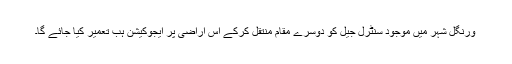
ورنگل شہر میں موجود سنٹرل جیل کو دوسرے مقام منتقل کرکے اس اراضی پر ایجوکیشن ہب تعمیر کیا جائے گا۔